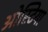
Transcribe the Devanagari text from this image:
ओस्टिया